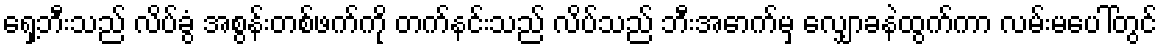
ရှေ့ဘီးသည် လိပ်ခွံ အစွန်းတစ်ဖက်ကို တက်နင်းသည် လိပ်သည် ဘီးအောက်မှ လျှောခနဲထွက်ကာ လမ်းမပေါ်တွင်